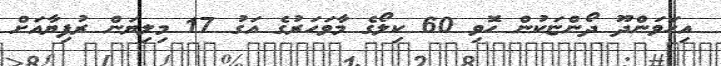
އިހަވަންދޫ ދޯންޏަކުން ހޮވި 60 ކިލޯގެ މާވަހަރުގެ އަގު 17 މިލިޔަން ރުފިޔާއަށް